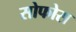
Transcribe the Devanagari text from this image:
सोफोस